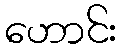
ဟောင်း